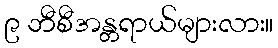
၉ ဘီစီအန္တရာယ်များလား။